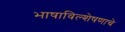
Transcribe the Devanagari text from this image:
भाषाविल्शेषणाचे